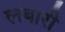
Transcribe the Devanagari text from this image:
लबारी